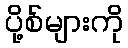
ပို့စ်များကို